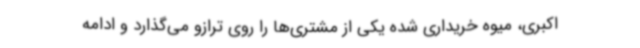
اکبری، میوه خریداری شده یکی از مشتری‌ها را روی ترازو می‌گذارد و ادامه